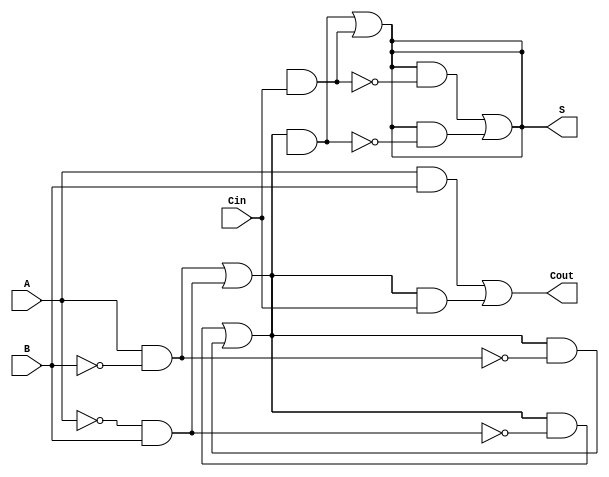
module TransmissionGateFullAdder (
    input wire A,
    input wire B,
    input wire Cin,
    output wire S,
    output wire Cout
);

// Internal wires for intermediate signals
wire AxorB;
wire AxorB_and_Cin;
wire A_and_B;

// Transmission gate implementation of XOR for AxorB
wire A_n, B_n; // Inverted signals for PMOS control
not (A_n, A);
not (B_n, B);

// AxorB = A XOR B
wire T1, T2, T3, T4; // Intermediate signals for transmission gates
assign T1 = A & B_n; // NMOS for A and B'
assign T2 = A_n & B; // NMOS for A' and B
assign T3 = A_n & B; // PMOS for A' and B
assign T4 = A & B_n; // PMOS for A and B'
assign AxorB = T1 | T2; // Final AxorB output using NMOS
assign AxorB = (AxorB & ~T3) | (AxorB & ~T4); // Final AxorB output using PMOS

// Final Sum S = AxorB XOR Cin
wire S_T1, S_T2, S_T3, S_T4; // Intermediate signals for Sum transmission gates
assign S_T1 = AxorB & Cin_n; // NMOS for AxorB and Cin'
assign S_T2 = AxorB_n & Cin; // NMOS for AxorB' and Cin
assign S_T3 = AxorB_n & Cin; // PMOS for AxorB' and Cin
assign S_T4 = AxorB & Cin_n; // PMOS for AxorB and Cin'
assign S = S_T1 | S_T2; // Final Sum output using NMOS
assign S = (S & ~S_T3) | (S & ~S_T4); // Final Sum output using PMOS

// Carry-out Cout = (A AND B) OR (Cin AND (A XOR B))
assign A_and_B = A & B; // A AND B

// Cin AND (A XOR B)
assign AxorB_and_Cin = AxorB & Cin; // Intermediate signal for carry-out

// Final Carry-out output
assign Cout = A_and_B | AxorB_and_Cin;

endmodule